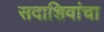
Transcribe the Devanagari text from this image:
सदाशिवांचा